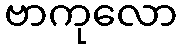
ဗာကုလော